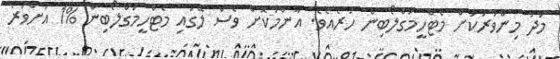
މަދު މިންވަރަކަށް މެޓްހީމަގްލޯބިން ހުރެއެވެ. އާންމުކޮށް ވެސް ލޭގައި މެޓްހީމަގްލޯބިން %1 އަށްވުރެ